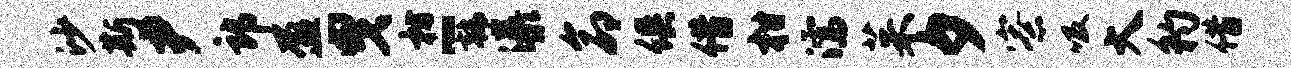
沙斯尹郎盈曳枋-韩瀑命俱借柑濡茱夕寮吸大豹借